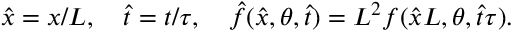
\hat { x } = x / L , \quad \hat { t } = t / \tau , \quad \hat { f } ( \hat { x } , \theta , \hat { t } ) = L ^ { 2 } f ( \hat { x } L , \theta , \hat { t } \tau ) .